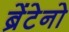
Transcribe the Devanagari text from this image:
ब्रेंटेनो